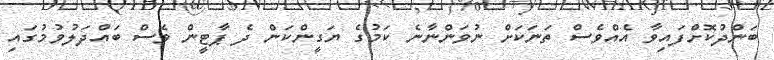
ބަންދުކޮށްފައިވާ އެއްވެސް ތަނަކަށް ނުވަންނާނެ ކަމުގެ ޔަގީންކަން ދެ ޕާޓީން ވެސް ބައްދަލުވުމުގައި